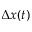
\Delta x ( t )